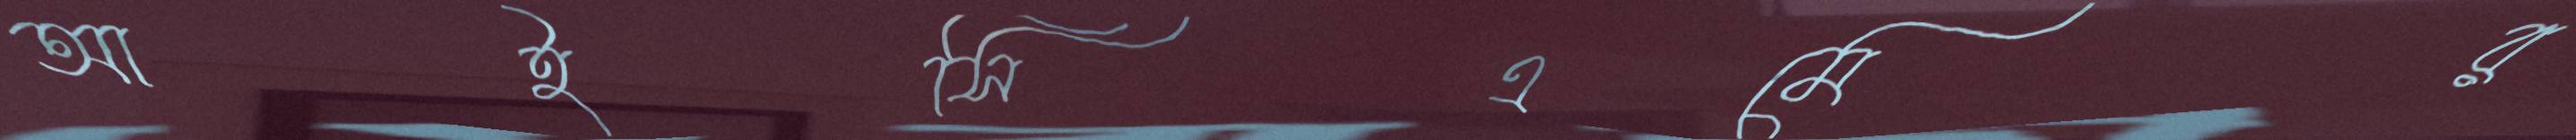
আইসিএমের